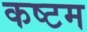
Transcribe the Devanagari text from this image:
कष्टम